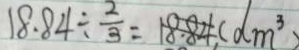
1 8 . 8 4 \div \frac { 2 } { 3 } = 1 8 . 8 4 ( d m ^ { 3 } )